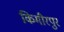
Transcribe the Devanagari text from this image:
किमीरपुर